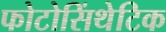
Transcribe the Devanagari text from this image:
फोटोसिंथेटिक